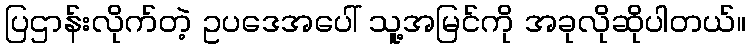
ပြဌာန်းလိုက်တဲ့ ဥပဒေအပေါ် သူ့အမြင်ကို အခုလိုဆိုပါတယ်။